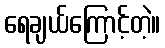
ရေချယ်ကြောင့်တဲ့။